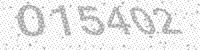
Solution: 015402